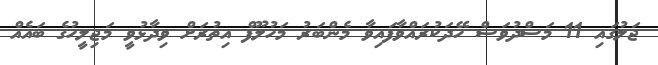
ޖަލުގައި 11 މަސްދުވަސް ހޭދަކުރައްވާފައިވާ މެންބަރު މަހުލޫފް އިތުރަށް ވިދާޅުވީ މަޖިލީހުގެ ބައެއް